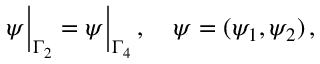
\boldsymbol { \psi } \Big | _ { \Gamma _ { 2 } } = \boldsymbol { \psi } \Big | _ { \Gamma _ { 4 } } \, , \quad \boldsymbol { \psi } = ( \psi _ { 1 } , \psi _ { 2 } ) \, ,